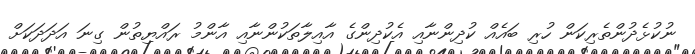
ނުކުޅެދުންތެރިކަން ހުރި ބައެއް ކުދިންނާއި އެކުދިންގެ އާއިލާތަކުންނާއި އާންމު ރައްޔިތުން ގިނަ އަދަދަކަށް